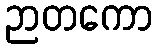
ဉာတကော